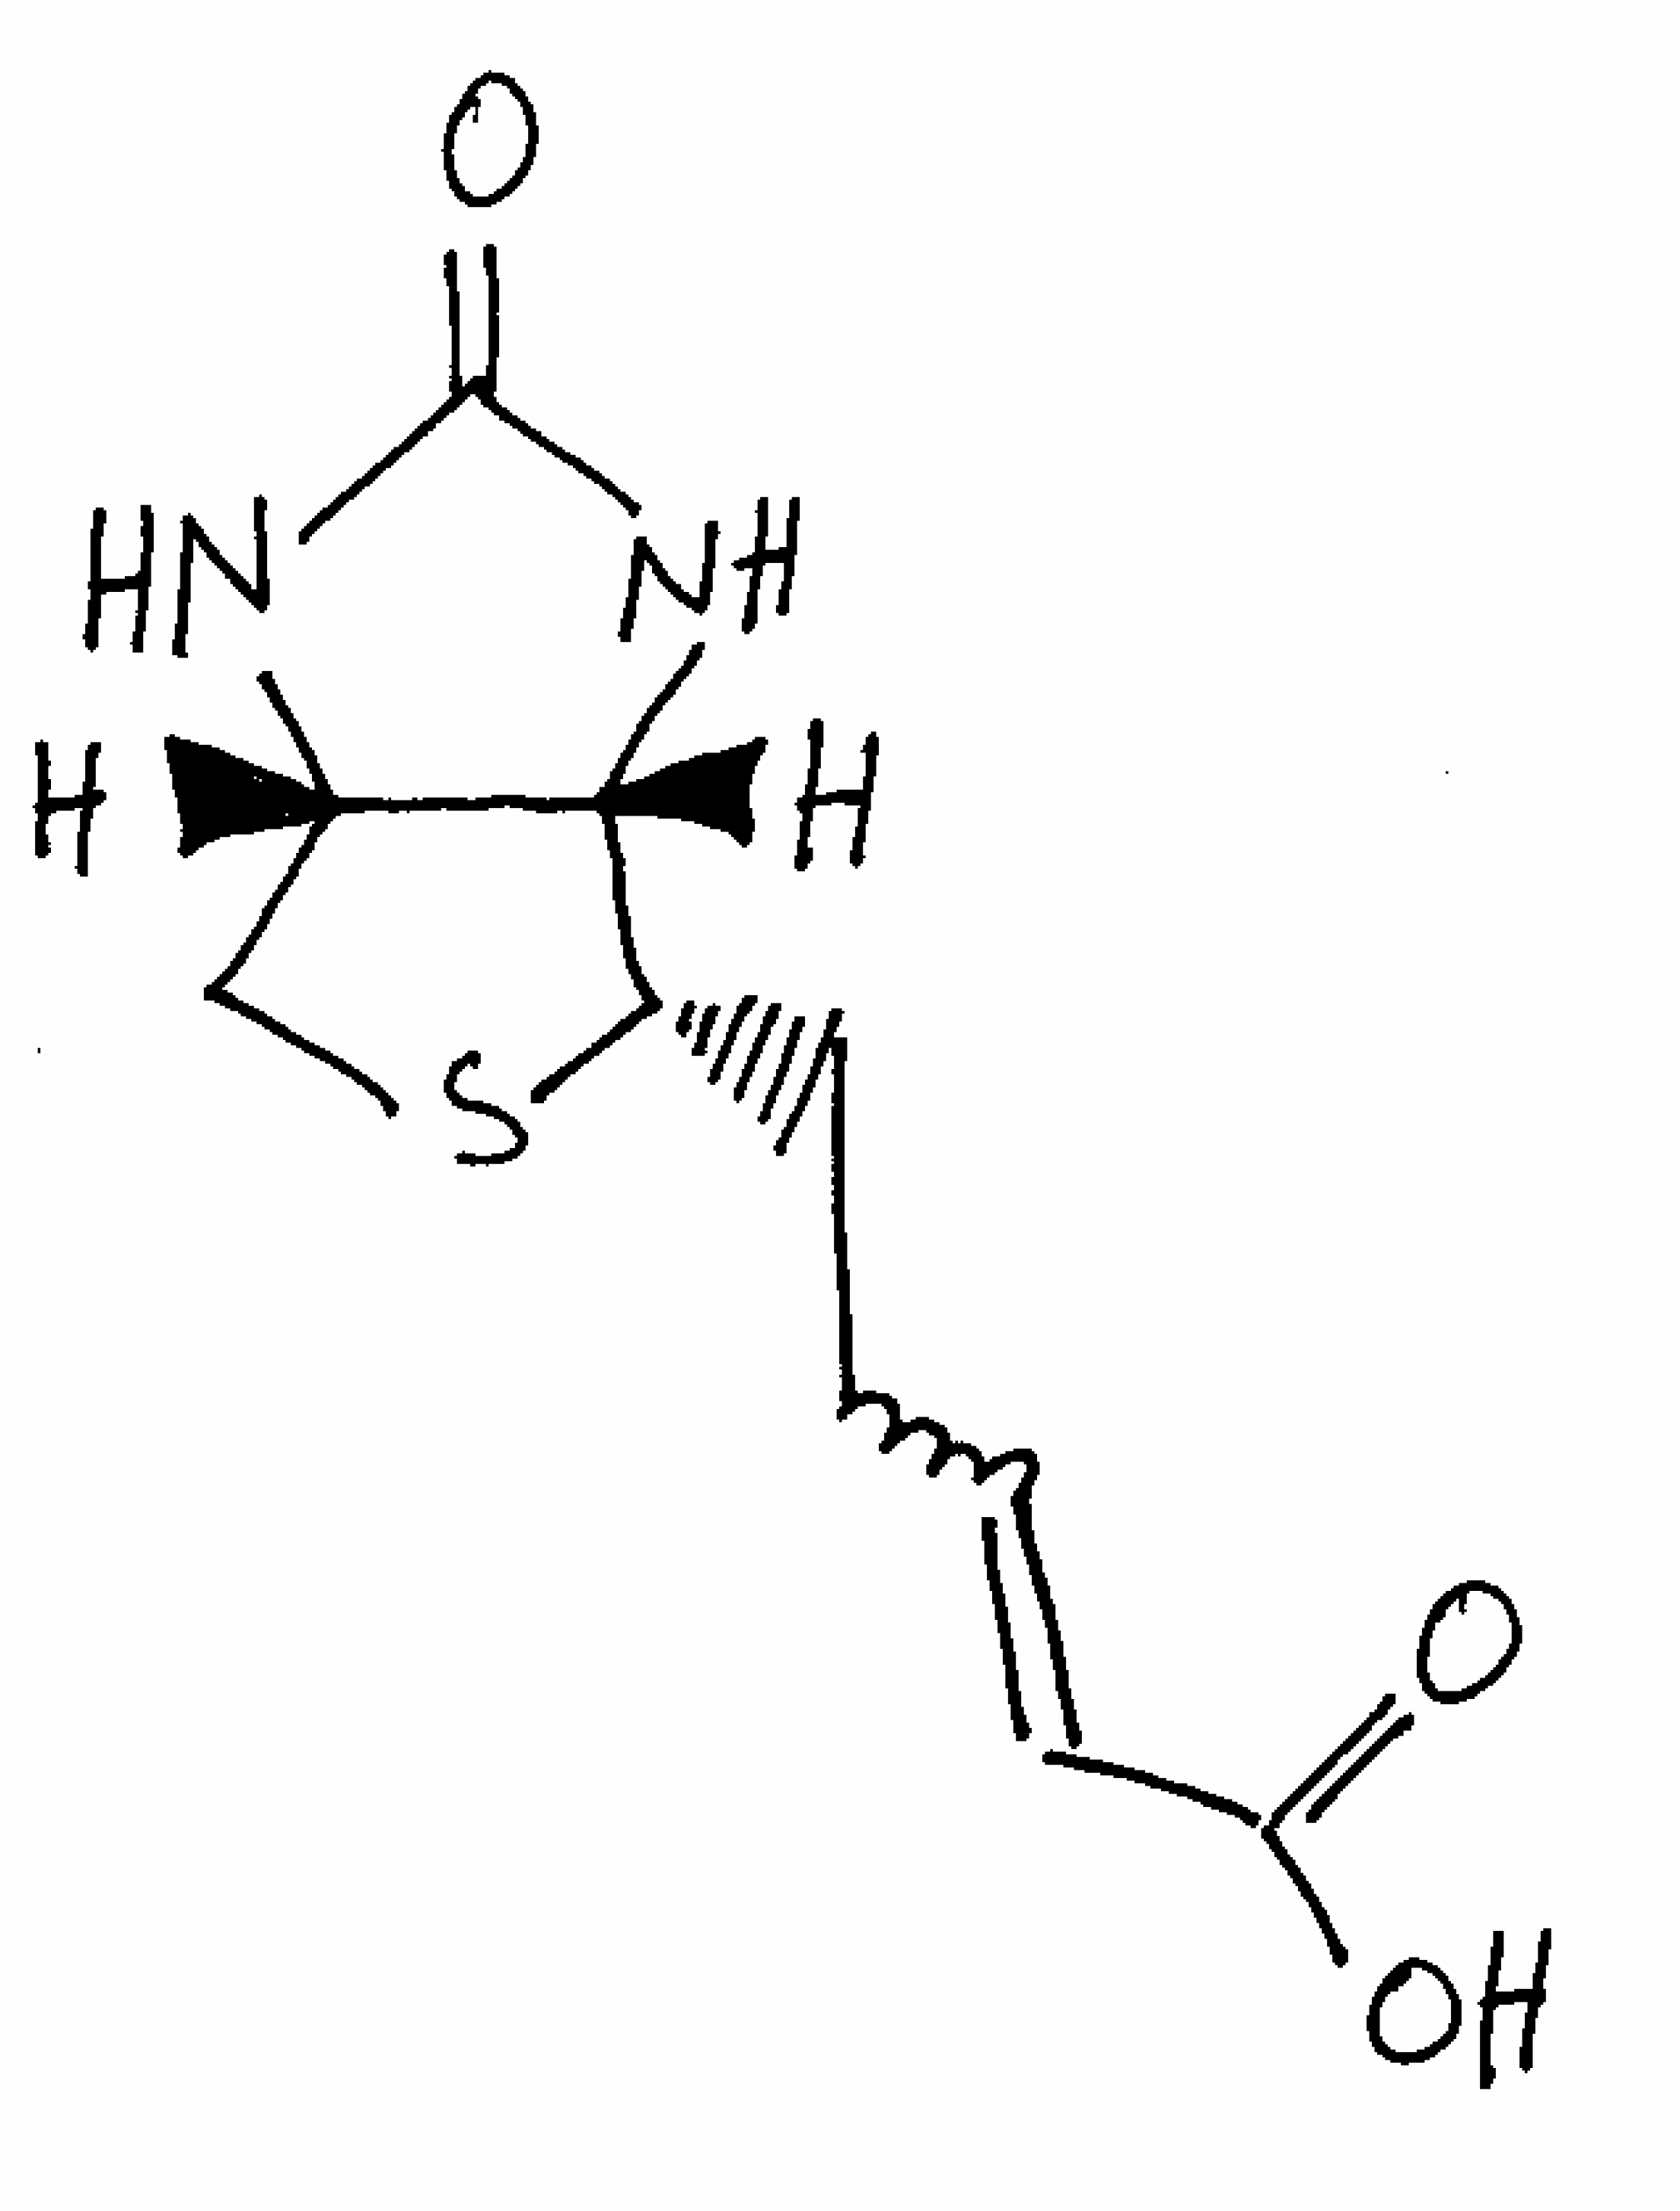
Simplified molecular-input line-entry system (SMILES) notation of the given molecule:
C1[C@H]2[C@@H]([C@@H](S1)CCC=CC(=O)O)NC(=O)N2